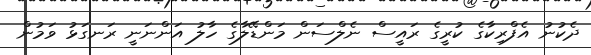
ދެކުނު އެފްރިކާގެ ކުރީގެ ރައީސް ނެލްސަން މަންޑޭލާގެ ހާލު އަންނަނީ ރަނގަޅު ވަމުން